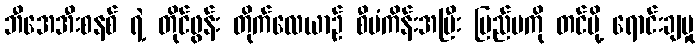
ဘီအေအီးစနစ် ရဲ့ တိုင်ဖွန်း တိုက်လေယာဉ် စီမံကိန်းအပြီး ပြည်ပကို တင်ပို့ ရောင်းချမှု